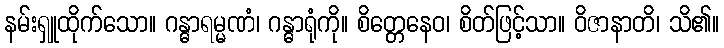
နမ်းရှူထိုက်သော။ ဂန္ဓာရမ္မဏံ၊ ဂန္ဓာရုံကို။ စိတ္တေနေဝ၊ စိတ်ဖြင့်သာ။ ဝိဇာနာတိ၊ သိ၏။